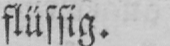
flüssig.